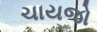
ચાયજો